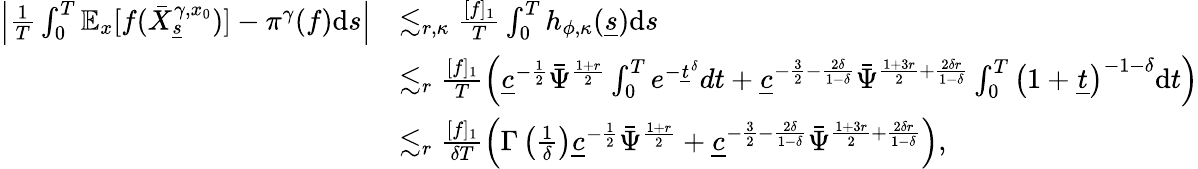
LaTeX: \begin{array}{rl}{\left|\frac{1}{T}\int_{0}^{T}\mathbb{E}_{x}[f(\bar{X}_{\underline{{s}}}^{\gamma,x_{0}})]-\pi^{\gamma}(f)\mathrm{d}s\right|}&{\lesssim_{r,\kappa}\frac{[f]_{1}}{T}\int_{0}^{T}{h_{\phi,\kappa}(\underline{{s}})}\mathrm{d}s}\\ &{\lesssim_{r}\frac{[f]_{1}}{T}\left(\underline{{c}}^{-\frac{1}{2}}\bar{\Psi}^{\frac{1+r}{2}}\int_{0}^{T}e^{-\underline{{t}}^{\delta}}dt+\underline{{c}}^{-\frac{3}{2}-\frac{2\delta}{1-\delta}}\bar{\Psi}^{\frac{1+3r}{2}+\frac{2\delta r}{1-\delta}}\int_{0}^{T}\left(1+\underline{{t}}\right)^{-1-\delta}\mathrm{d}t\right)}\\ &{\lesssim_{r}\frac{[f]_{1}}{\delta T}\left(\Gamma\left(\frac{1}{\delta}\right)\underline{{c}}^{-\frac{1}{2}}\bar{\Psi}^{\frac{1+r}{2}}+\underline{{c}}^{-\frac{3}{2}-\frac{2\delta}{1-\delta}}\bar{\Psi}^{\frac{1+3r}{2}+\frac{2\delta r}{1-\delta}}\right),}\end{array}